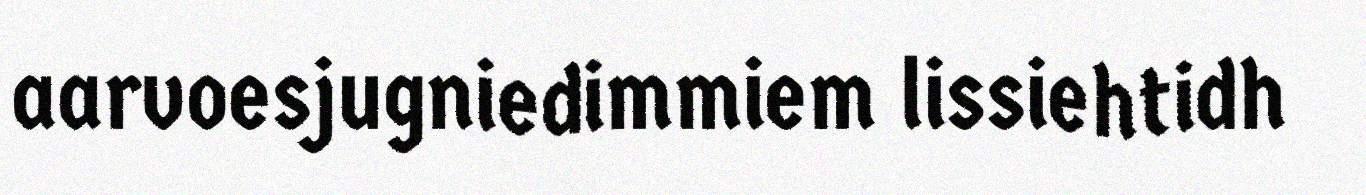
aarvoesjugniedimmiem lissiehtidh